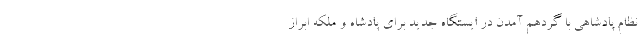
نظام پادشاهی با گردهم آمدن در ایستگاه جدید برای پادشاه و ملکه ابراز